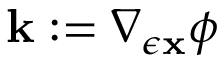
{ \mathbf { k } } : = \nabla _ { \epsilon { \mathbf { x } } } \phi